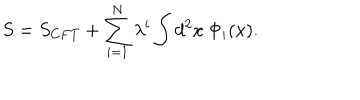
LaTeX: S = S _ { C F T } + \sum _ { i = 1 } ^ { N } \lambda ^ { i } \int d ^ { 2 } x \ \Phi _ { i } ( x ) .